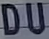
DU